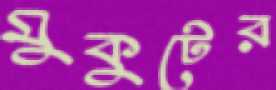
মুকুটের